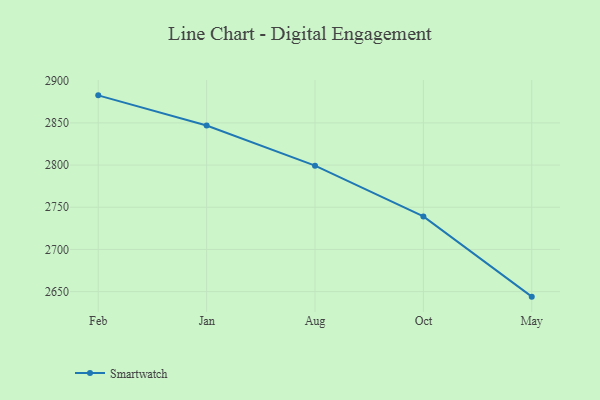
{"axis": {"x": "Month", "y": "Active Users"}, "legend": ["Smartwatch"], "data": [{"x": "Feb", "y": 2882.6, "type": "Smartwatch"}, {"x": "Jan", "y": 2846.8, "type": "Smartwatch"}, {"x": "Aug", "y": 2799.3, "type": "Smartwatch"}, {"x": "Oct", "y": 2739.1, "type": "Smartwatch"}, {"x": "May", "y": 2644.0, "type": "Smartwatch"}]}